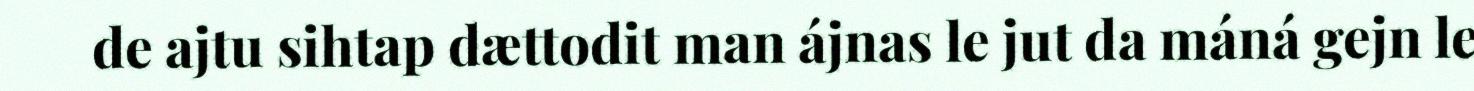
de ajtu sihtap dættodit man ájnas le jut da máná gejn le